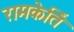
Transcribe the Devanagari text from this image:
रामकेर्ति